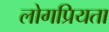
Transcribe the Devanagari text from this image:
लोगप्रियता